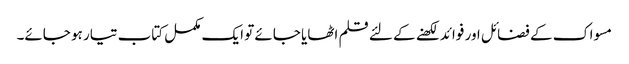
مسواک کے فضائل اور فوائد لکھنے کے لئے قلم اٹھایا جائے تو ایک مکمل کتاب تیار ہو جائے۔